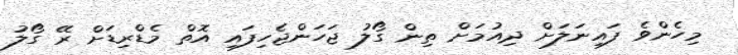
މިހެންވެ ފައިނަލަށް ދިއުމަށް ތިން ގޯލު ޖަހަންޖެހިފައި އޮތް މެޑްރިޑަށް ރޭ ގޯލު